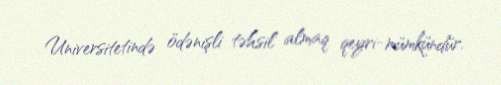
Universitetində ödənişli təhsil almaq qeyri-mümkündür.